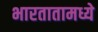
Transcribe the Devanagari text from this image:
भारतातामध्ये